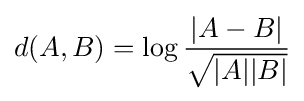
d(A,B)=\log {\dfrac {|A-B|}{\sqrt {|A||B|}}}